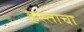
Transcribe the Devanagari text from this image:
हस्ताचा